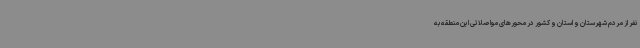
نفر از مردم شهرستان و استان و کشور در محورهای مواصلاتی این منطقه به